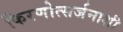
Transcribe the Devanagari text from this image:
किरणोत्सर्जनाशी